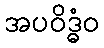
အပဝိဒ္ဓံဝ